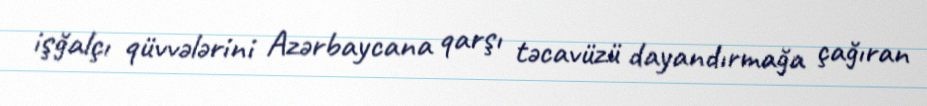
işğalçı qüvvələrini Azərbaycana qarşı təcavüzü dayandırmağa çağıran